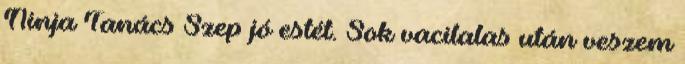
Ninja Tanács Szep jó estét. Sok vacilalas után veszem